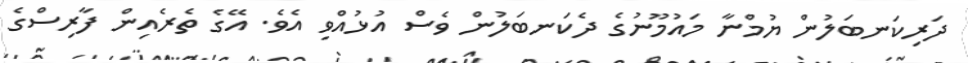
ދަރިކަނބަލުން ޔުމްނާ މައުމޫނުގެ ދެކަނބަލުން ވެސް އުޅުއްވި އެވެ. އޭގެ ތެރެއިން ފާރިސްގެ